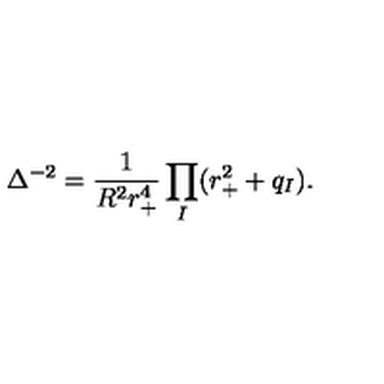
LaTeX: \Delta ^ { - 2 } = \frac { 1 } { R ^ { 2 } r _ { + } ^ { 4 } } \prod _ { I } ( r _ { + } ^ { 2 } + q _ { I } ) .